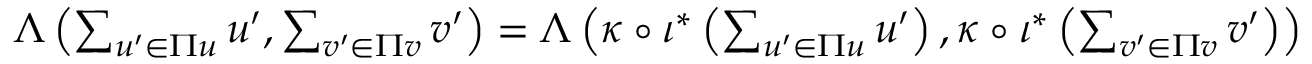
\begin{array} { r } { \Lambda \left( \sum _ { u ^ { \prime } \in \Pi u } u ^ { \prime } , \sum _ { v ^ { \prime } \in \Pi v } v ^ { \prime } \right) = \Lambda \left( \kappa \circ \iota ^ { * } \left( \sum _ { u ^ { \prime } \in \Pi u } u ^ { \prime } \right) , \kappa \circ \iota ^ { * } \left( \sum _ { v ^ { \prime } \in \Pi v } v ^ { \prime } \right) \right) } \end{array}